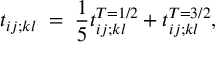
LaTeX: t _ { i j ; k l } \; = \; \frac 1 5 t _ { i j ; k l } ^ { T = 1 / 2 } + t _ { i j ; k l } ^ { T = 3 / 2 } ,